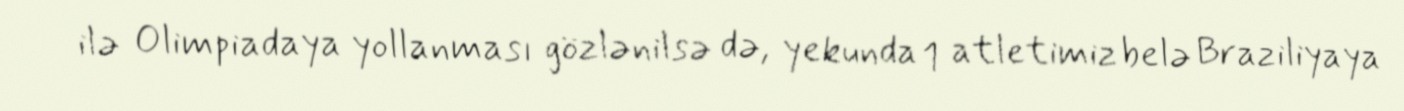
ilə Olimpiadaya yollanması gözlənilsə də, yekunda 1 atletimiz belə Braziliyaya